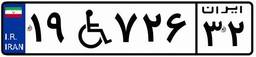
۰۳W۴۲۰۶۰